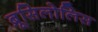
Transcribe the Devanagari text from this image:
ब्रूसिलोलिस